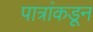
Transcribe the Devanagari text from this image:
पात्रांकडून